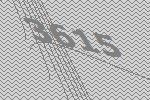
3615